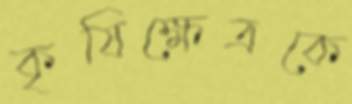
কৃষিক্ষেত্রকে